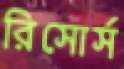
রিসোর্স